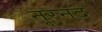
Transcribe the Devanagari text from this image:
नूरनद